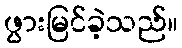
ဖွားမြင်ခဲ့သည်။